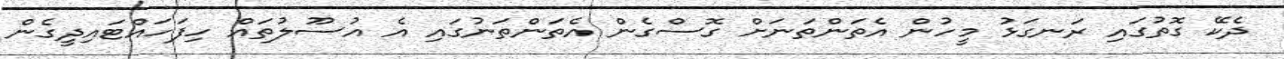
ދެކޭ ގޮތުގައި ރަނގަޅު މީހުން އެތަންތަނަށް ގޮސްގެން އެތަންތަނުގައި އެ އުސޫލުތައް ހިފަހައްޓައިދީގެން